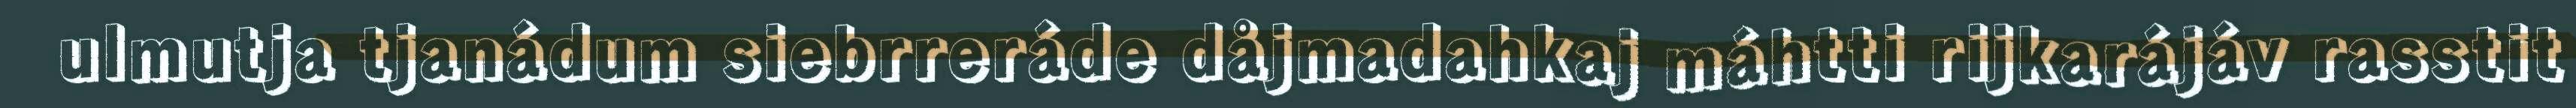
ulmutja tjanádum siebrreráde dåjmadahkaj máhtti rijkarájáv rasstit